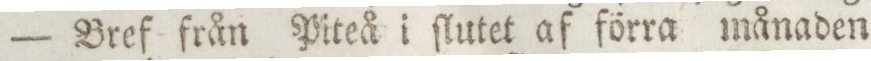
— Bref från Piteå i ſlutet af förra månaden